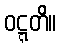
ဝဋ္ဋတိ။